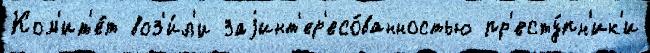
Ком'ит'е́т воз'и́л'и заjинт'ер'есо́ванностью пр'есту́пн'ик'и